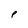
Character: p